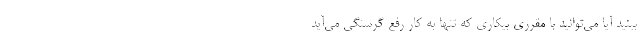
ببنید آیا می‌توانید با مقرری بیکاری که تنها به کار رفع گرسنگی می‌آید